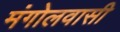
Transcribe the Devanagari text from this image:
मंगोलवासी